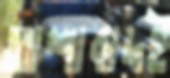
আশাবাদই